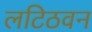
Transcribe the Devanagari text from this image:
लटिठवन